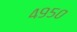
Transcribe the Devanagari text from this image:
४९५०